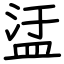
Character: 盓